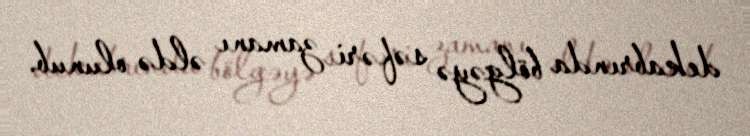
dekabrında bölgəyə səfəri zamanı əldə olunub.